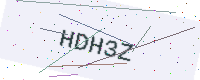
Text: HDH3Z